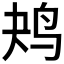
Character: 𱉔